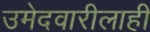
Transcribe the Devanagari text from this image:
उमेदवारीलाही